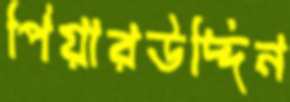
পিয়ারউদ্দিন